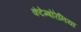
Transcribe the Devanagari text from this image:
कंटेम्बोरेनिया